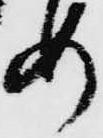
め